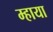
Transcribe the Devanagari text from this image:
म्हाया